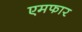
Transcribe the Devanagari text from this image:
एमफार